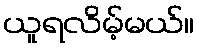
ယူရလိမ့်မယ်။